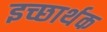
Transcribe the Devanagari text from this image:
इच्छार्थक